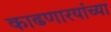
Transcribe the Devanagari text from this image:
काढणारयांच्या